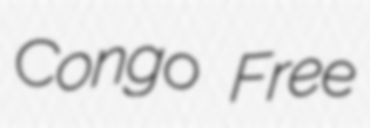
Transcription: Congo Free